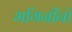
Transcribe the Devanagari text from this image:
भगिनींनो